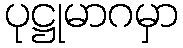
ပုဋ္ဌုမာဂမှာ